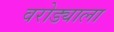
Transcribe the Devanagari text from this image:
वरोड्याला